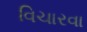
વિચારવા